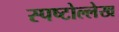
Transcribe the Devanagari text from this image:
स्पष्टोल्लेख